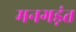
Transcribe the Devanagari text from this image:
मनगड़ंत